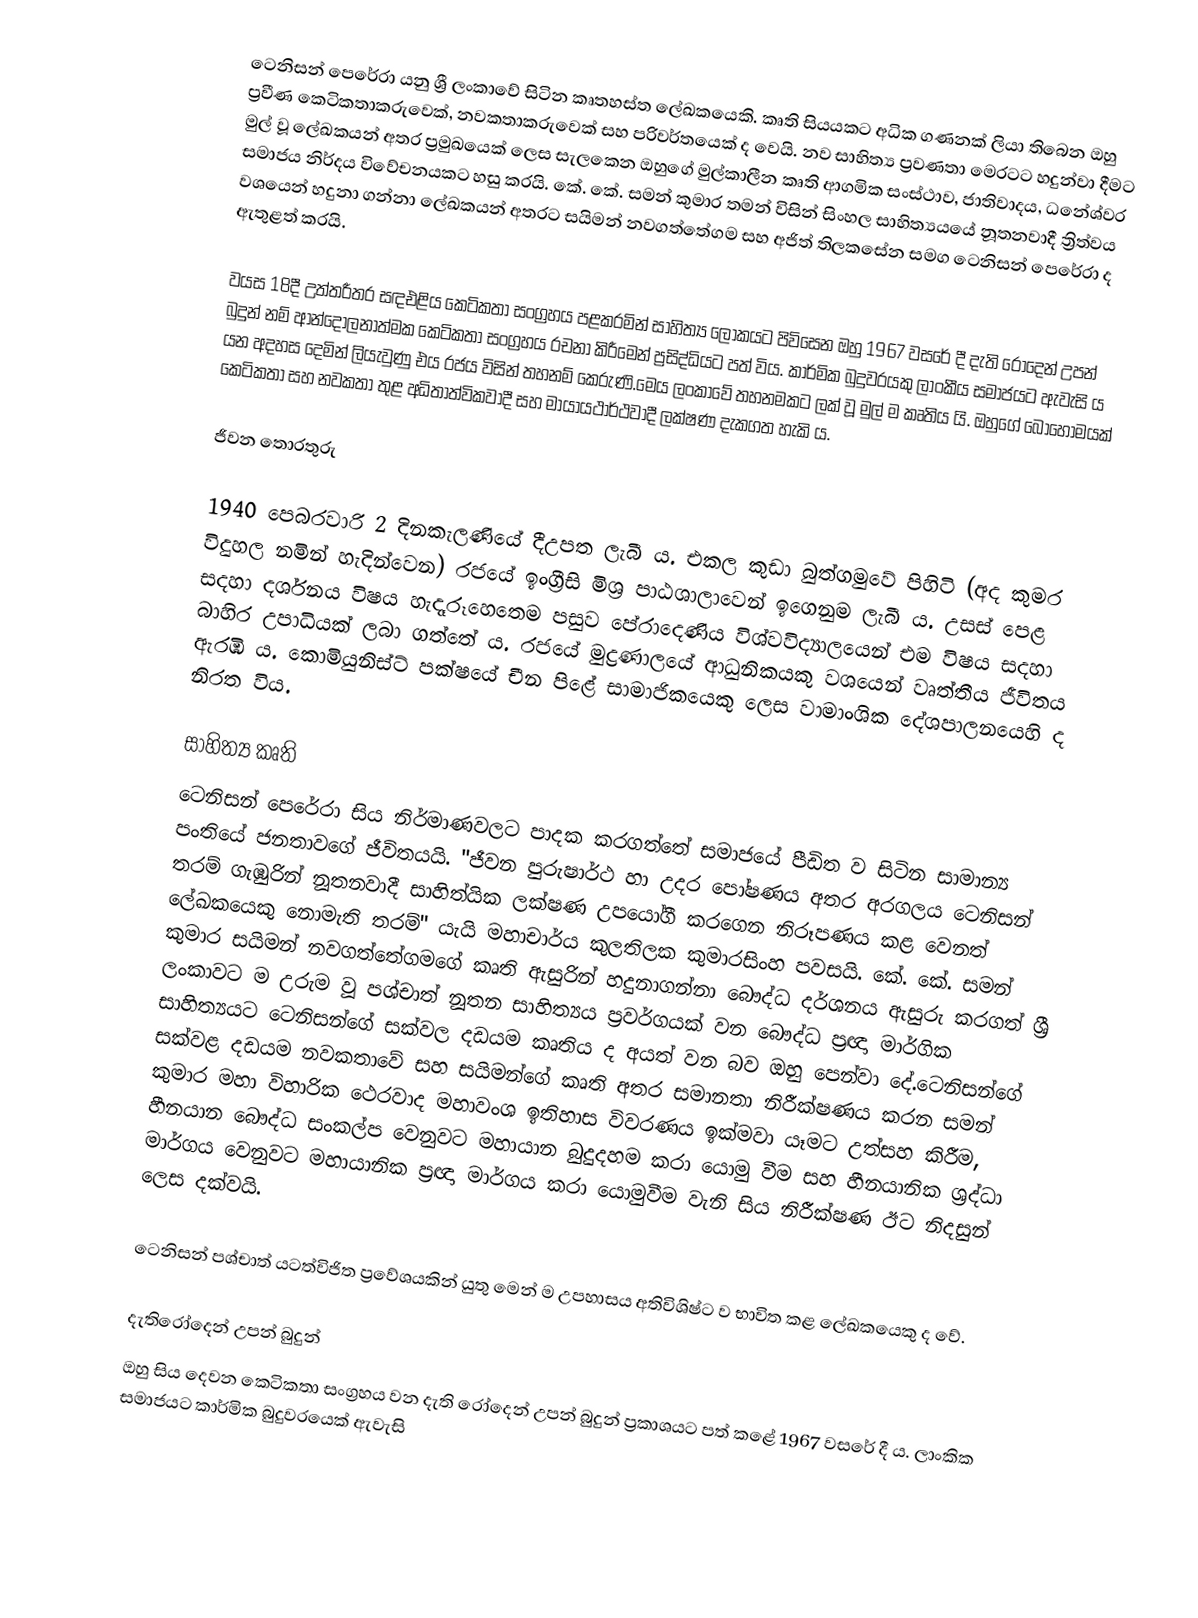
ටෙනිසන් පෙරේරා යනු ශ්‍රී ලංකාවේ සිටින කෘතහස්ත ලේඛකයෙකි. කෘති සියයකට අධික ගණනක් ලියා තිබෙන ඔහු ප්‍රවීණ කෙටිකතාකරුවෙක්, නවකතාකරුවෙක් සහ පරිවර්තයෙක් ද වෙයි. නව සාහිත්‍ය ප්‍රවණතා මෙරටට හදුන්වා දීමට මුල් වූ ලේඛකයන් අතර ප්‍රමුඛයෙක් ලෙස සැලකෙන ඔහුගේ මුල්කාලීන කෘති ආගමික සංස්ථාව, ජාතිවාදය, ධනේශ්වර සමාජය නිර්දය විවේචනයකට හසු කරයි. කේ. කේ. සමන් කුමාර තමන් විසින් සිංහල සාහිත්‍යයයේ නූතනවාදී ත්‍රිත්වය වශයෙන් හදුනා ගන්නා ලේඛකයන් අතරට සයිමන් නවගත්තේගම සහ අජිත් තිලකසේන සමග ටෙනිසන් පෙරේරා ද ඇතුළත් කරයි.

වයස 18දී උත්තරීතර සඳඑළිය කෙටිකතා සංග්‍රහය පළකරමින් සාහිත්‍ය ලෝකයට පිවිසෙන ඔහු 1967 වසරේ දී දැති රෝදෙන් උපන් බුදුන් නම් ආන්දෝලනාත්මක කෙටිකතා සංග්‍රහය රචනා කිරීමෙන් ප්‍රසිද්ධියට පත් විය. කාර්මික බුදුවරයකු ලාංකීය සමාජයට ඇවැසි ය යන අදහස දෙමින් ලියැවුණු එය රජය විසින් තහනම් කෙරුණි.මෙය ලංකාවේ තහනමකට ලක් වූ මුල් ම කෘතිය යි. ඔහුගේ බොහොමයක් කෙටිකතා සහ නවකතා තුළ අධිතාත්විකවාදී සහ මායායථාර්ථවාදී ලක්ෂණ දැකගත හැකි ය.

ජීවන තොරතුරු

1940 පෙබරවාරි 2 දිනකැලණියේ දීඋපත ලැබී ය. එකල කුඩා බුත්ගමුවේ පිහිටි (අද කුමර විදුහල නමින් හැදින්වෙන) රජයේ ඉංග්‍රීසි මිශ්‍ර පාඨශාලාවෙන් ඉගෙනුම ලැබී ය. උසස් පෙළ සදහා දර්ශනය විෂය හැදෑරූහෙතෙම පසුව පේරාදෙණිය විශ්වවිද්‍යාලයෙන් එම විෂය සදහා බාහිර උපාධියක් ලබා ගත්තේ ය. රජයේ මුද්‍රණාලයේ ආධුනිකයකු වශයෙන් වෘත්තීය ජීවිතය ඇරඹී ය. කොමියුනිස්ට් පක්ෂයේ චීන පිළේ සාමාජිකයෙකු ලෙස වාමාංශික දේශපාලනයෙහි ද නිරත විය.

සාහිත්‍ය කෘති
ටෙනිසන් පෙරේරා සිය නිර්මාණවලට පාදක කරගත්තේ සමාජයේ පීඩිත ව සිටින සාමාන්‍ය පංතියේ ජනතාවගේ ජීවිතයයි. "ජීවන පුරුෂාර්ථ හා උදර පෝෂණය අතර අරගලය ටෙනිසන් තරම් ගැඹුරින් නූතනවාදී සාහිත්යික ලක්ෂණ උපයෝගී කරගෙන නිරූපණය කළ වෙනත් ලේඛකයෙකු නොමැති තරම්" යැයි මහාචාර්ය කුලතිලක කුමාරසිංහ පවසයි. කේ. කේ. සමන් කුමාර සයිමන් නවගත්තේගමගේ කෘති ඇසුරින් හදුනාගන්නා බෞද්ධ දර්ශනය ඇසුරු කරගත් ශ්‍රී ලංකාවට ම උරුම වූ පශ්චාත් නූතන සාහිත්‍යය ප්‍රවර්ගයක් වන බෞද්ධ ප්‍රඥා මාර්ගික සාහිත්‍යයට ටෙනිසන්ගේ සක්වල දඩයම කෘතිය ද අයත් වන බව ඔහු පෙන්වා දේ.ටෙනිසන්ගේ සක්වළ දඩයම නවකතාවේ සහ සයිමන්ගේ කෘති අතර සමානතා නිරීක්ෂණය කරන සමන් කුමාර මහා විහාරික ථෙරවාද මහාවංශ ඉතිහාස විවරණය ඉක්මවා යෑමට උත්සහ කිරීම, හීනයාන බෞද්ධ සංකල්ප වෙනුවට මහායාන බුදුදහම කරා යොමු වීම සහ හීනයානික ශ්‍රද්ධා මාර්ගය වෙනුවට මහායානික ප්‍රඥා මාර්ගය කරා යොමුවීම වැනි සිය නිරීක්ෂණ ඊට නිදසුන් ලෙස දක්වයි.

ටෙනිසන් පශ්චාත් යටත්විජිත ප්‍රවේශයකින් යුතු මෙන් ම උපහාසය අතිවිශිෂ්ට ව භාවිත කළ ලේඛකයෙකු ද වේ.

දැතිරෝදෙන් උපන් බුදුන්
ඔහු සිය දෙවන කෙටිකතා සංග්‍රහය වන දැති රෝදෙන් උපන් බුදුන් ප්‍රකාශයට පත් කළේ 1967 වසරේ දී ය. ලාංකික සමාජයට කාර්මික බුදුවරයෙක් ඇවැසි